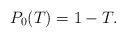
LaTeX: \begin{align*} P_0(T) = 1-T. \end{align*}